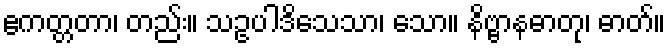
ဧကတ္တတာ၊ တည်း။ သဥပါဒိသေသာ၊ သော။ နိဗ္ဗာနဓာတု၊ ဓာတ်။